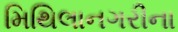
મિથિલાનગરીના